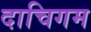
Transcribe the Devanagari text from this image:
दाचिगम